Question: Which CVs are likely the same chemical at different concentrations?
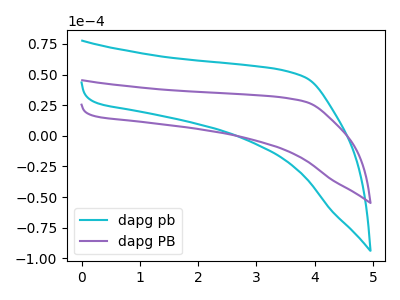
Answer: <think>The cyan curve "dapg pb" has no peaks. The purple curve "dapg PB" has no peaks.
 Neither "dapg pb" or "dapg PB" have any peaks.</think>
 <answer>"dapg pb" and "dapg PB" have the same shape and are likely CV's of the same chemical.</answer>
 <eval>"dapg pb" "dapg PB"</eval>